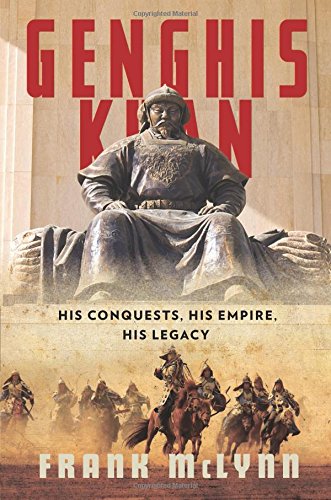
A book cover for Genghis Khan: His Conquests, His Empire, His Legacy; Frank McLynn; Biographies & Memoirs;